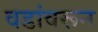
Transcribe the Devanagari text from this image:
वडांवरून